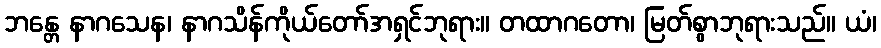
ဘန္တေ နာဂသေန၊ နာဂသိန်ကိုယ်တော်အရှင်ဘုရား။ တထာဂတော၊ မြတ်စွာဘုရားသည်။ ယံ၊